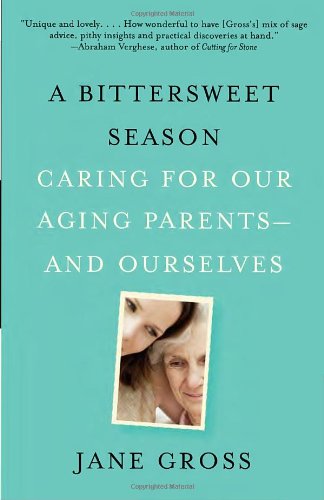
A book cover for A Bittersweet Season: Caring for Our Aging Parents--and Ourselves; Jane Gross; Parenting & Relationships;